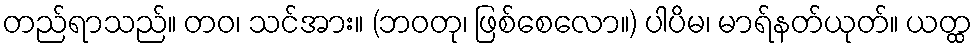
တည်ရာသည်။ တဝ၊ သင်အား။ (ဘဝတု၊ ဖြစ်စေလော။) ပါပိမ၊ မာရ်နတ်ယုတ်။ ယတ္ထ